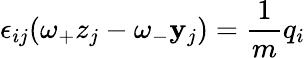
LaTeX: \epsilon_{ij}(\omega_{+}z_{j}-\omega_{-}\mathbf{y}_{j})=\frac{{1}}{{m}}q_{i}